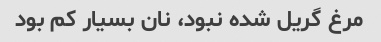
مرغ گریل شده نبود، نان بسیار کم بود